Leaving Certificate Examination, 1911, 1911
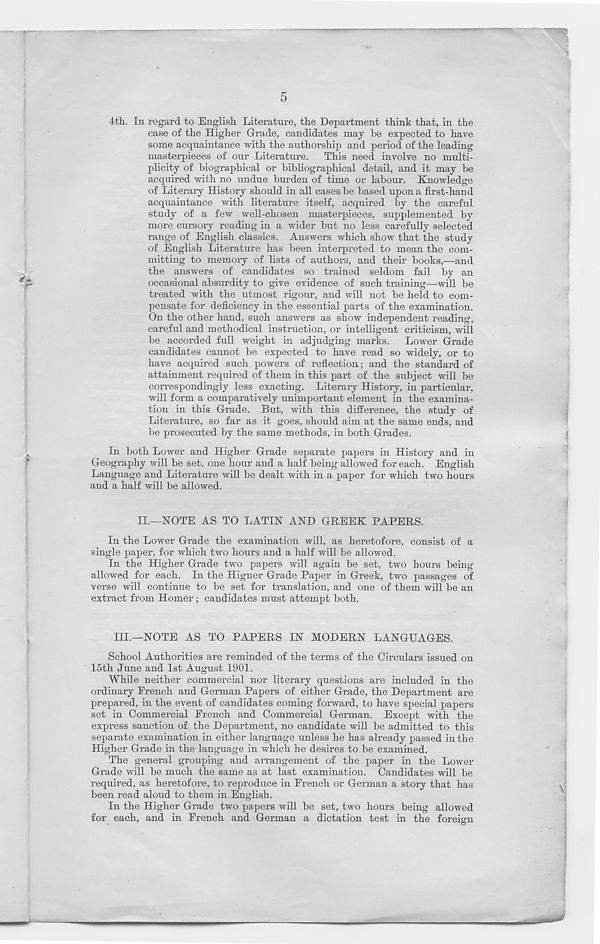
5
4th. In regard to English Literature, the Department think that, in the
case of the Higher Grade, candidates may he expected to have
some acquaintance with the authorship and period of the leading
masterpieces of our Literature. This need involve no multi-
plicity of biographical or bibliographical detail, and it may be
acquired with no undue burden of time or labour. Knowledge
of Literary History should in all cases be based upon a first-hand
acquaintance with literature itself, acquired by the careful
study of a few well-chosen masterpieces, supplemented by
more cursory reading in a wider but no less carefully selected
range of English classics. Answers which show that the study
of English Literature has been interpreted to mean the com-
mitting to memory of lists of authors, and their books,—and
the answers of candidates so trained seldom fail by an
occasional absurdity to give evidence of such training—will be
treated with the utmost rigour, and will not be held to com-
pensate for deficiency in the essential parts of the examination.
On the other hand, such answers as show independent reading,
careful and methodical instruction, or intelligent criticism, will
be accorded full weight in adjudging marks. Lower Grade
candidates cannot be expected to have read so widely, or to
have acquired such powers of reflection; and the standard of
attainment required of them in this part of the subject will be
correspondingly less exacting. Literary History, in particular,
will form a comparatively unimportant element in the examina-
tion in this Grade. But, with this difference, the study of
Literature, so far as it goes, should aim at the same ends, and
be prosecuted by the same methods, in both Grades.
In both Lower and Higher Grade separate papers in History and in
Geography will be set, one hour and a half being allowed for each. English
Language and Literature will be dealt with in a paper for which two hours
and a half will be allowed.
II.—NOTE AS TO LATIN AND GREEK PAPERS.
In the Lower Grade the examination will, as heretofore, consist of a
single paper, for which two hours and a half will be allowed.
In the Higher Grade two papers will again be set, two hours being
allowed for each. In the Higner Grade Paper in Greek, two passages of
verse will continue to be set for translation, and one of them will be an
extract from Homer; candidates must attempt both.
III.—NOTE AS TO PAPERS IN MODERN LANGUAGES.
School Authorities are reminded of the terms of the Circulars issued on
15th June and 1st August 1901.
While neither commercial nor literary questions are included in the
ordinary French and German Papers of either Grade, the Department are
prepared, in the event of candidates coming forward, to have special papers
set in Commercial French and Commercial German. Except with the
express sanction of the Department, no candidate will be admitted to this
separate examination in either language unless he has already passed in the
Higher Grade in the language in which he desires to be examined.
The general grouping and arrangement of the paper in the Lower
Grade will be much the same as at last examination. Candidates will be
required, as heretofore, to reproduce in French or German a story that has
been read aloud to them in English.
In the Higher Grade two papers will be set, two hours being allowed
for each, and in French and German a dictation test in the foreign